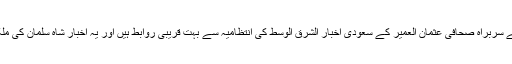
ایلاف کے سربراہ صحافی عثمان العمیر کے سعودی اخبار الشرق الوسط کی انتظامیہ سے بہت قریبی روابط ہیں اور یہ اخبار شاہ سلمان کی ملکیت ہے۔